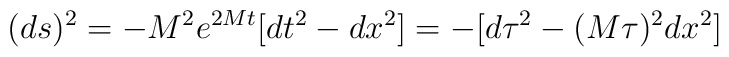
(ds)^2 = - M^2 e^{2Mt} [dt^2 - dx^2] = - [ d\tau^2 - (M \tau)^2 dx^2]